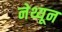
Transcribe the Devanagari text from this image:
नेथ्यून